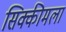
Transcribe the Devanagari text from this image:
सिक्कीमला